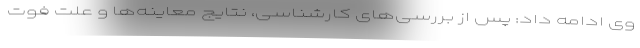
وی ادامه داد: پس از بررسی‌های کارشناسی، نتایج معاینه‌ها و علت فوت